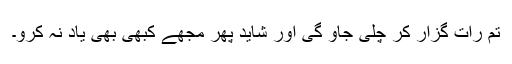
تم رات گزار کر چلی جاؤ گی اور شاید پھر مجھے کبھی بھی یاد نہ کرو۔